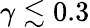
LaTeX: \gamma\lesssim 0.3